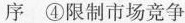
序④限制市场竞争